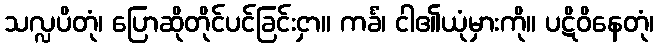
သလ္လပိတုံ၊ ပြောဆိုတိုင်ပင်ခြင်းငှာ။ ကင်္ခံ၊ ငါ၏ယုံမှားကို။ ပဋိဝိနေတုံ၊